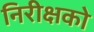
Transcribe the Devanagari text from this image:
निरीक्षको